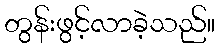
တွန်းဖွင့်လာခဲ့သည်။